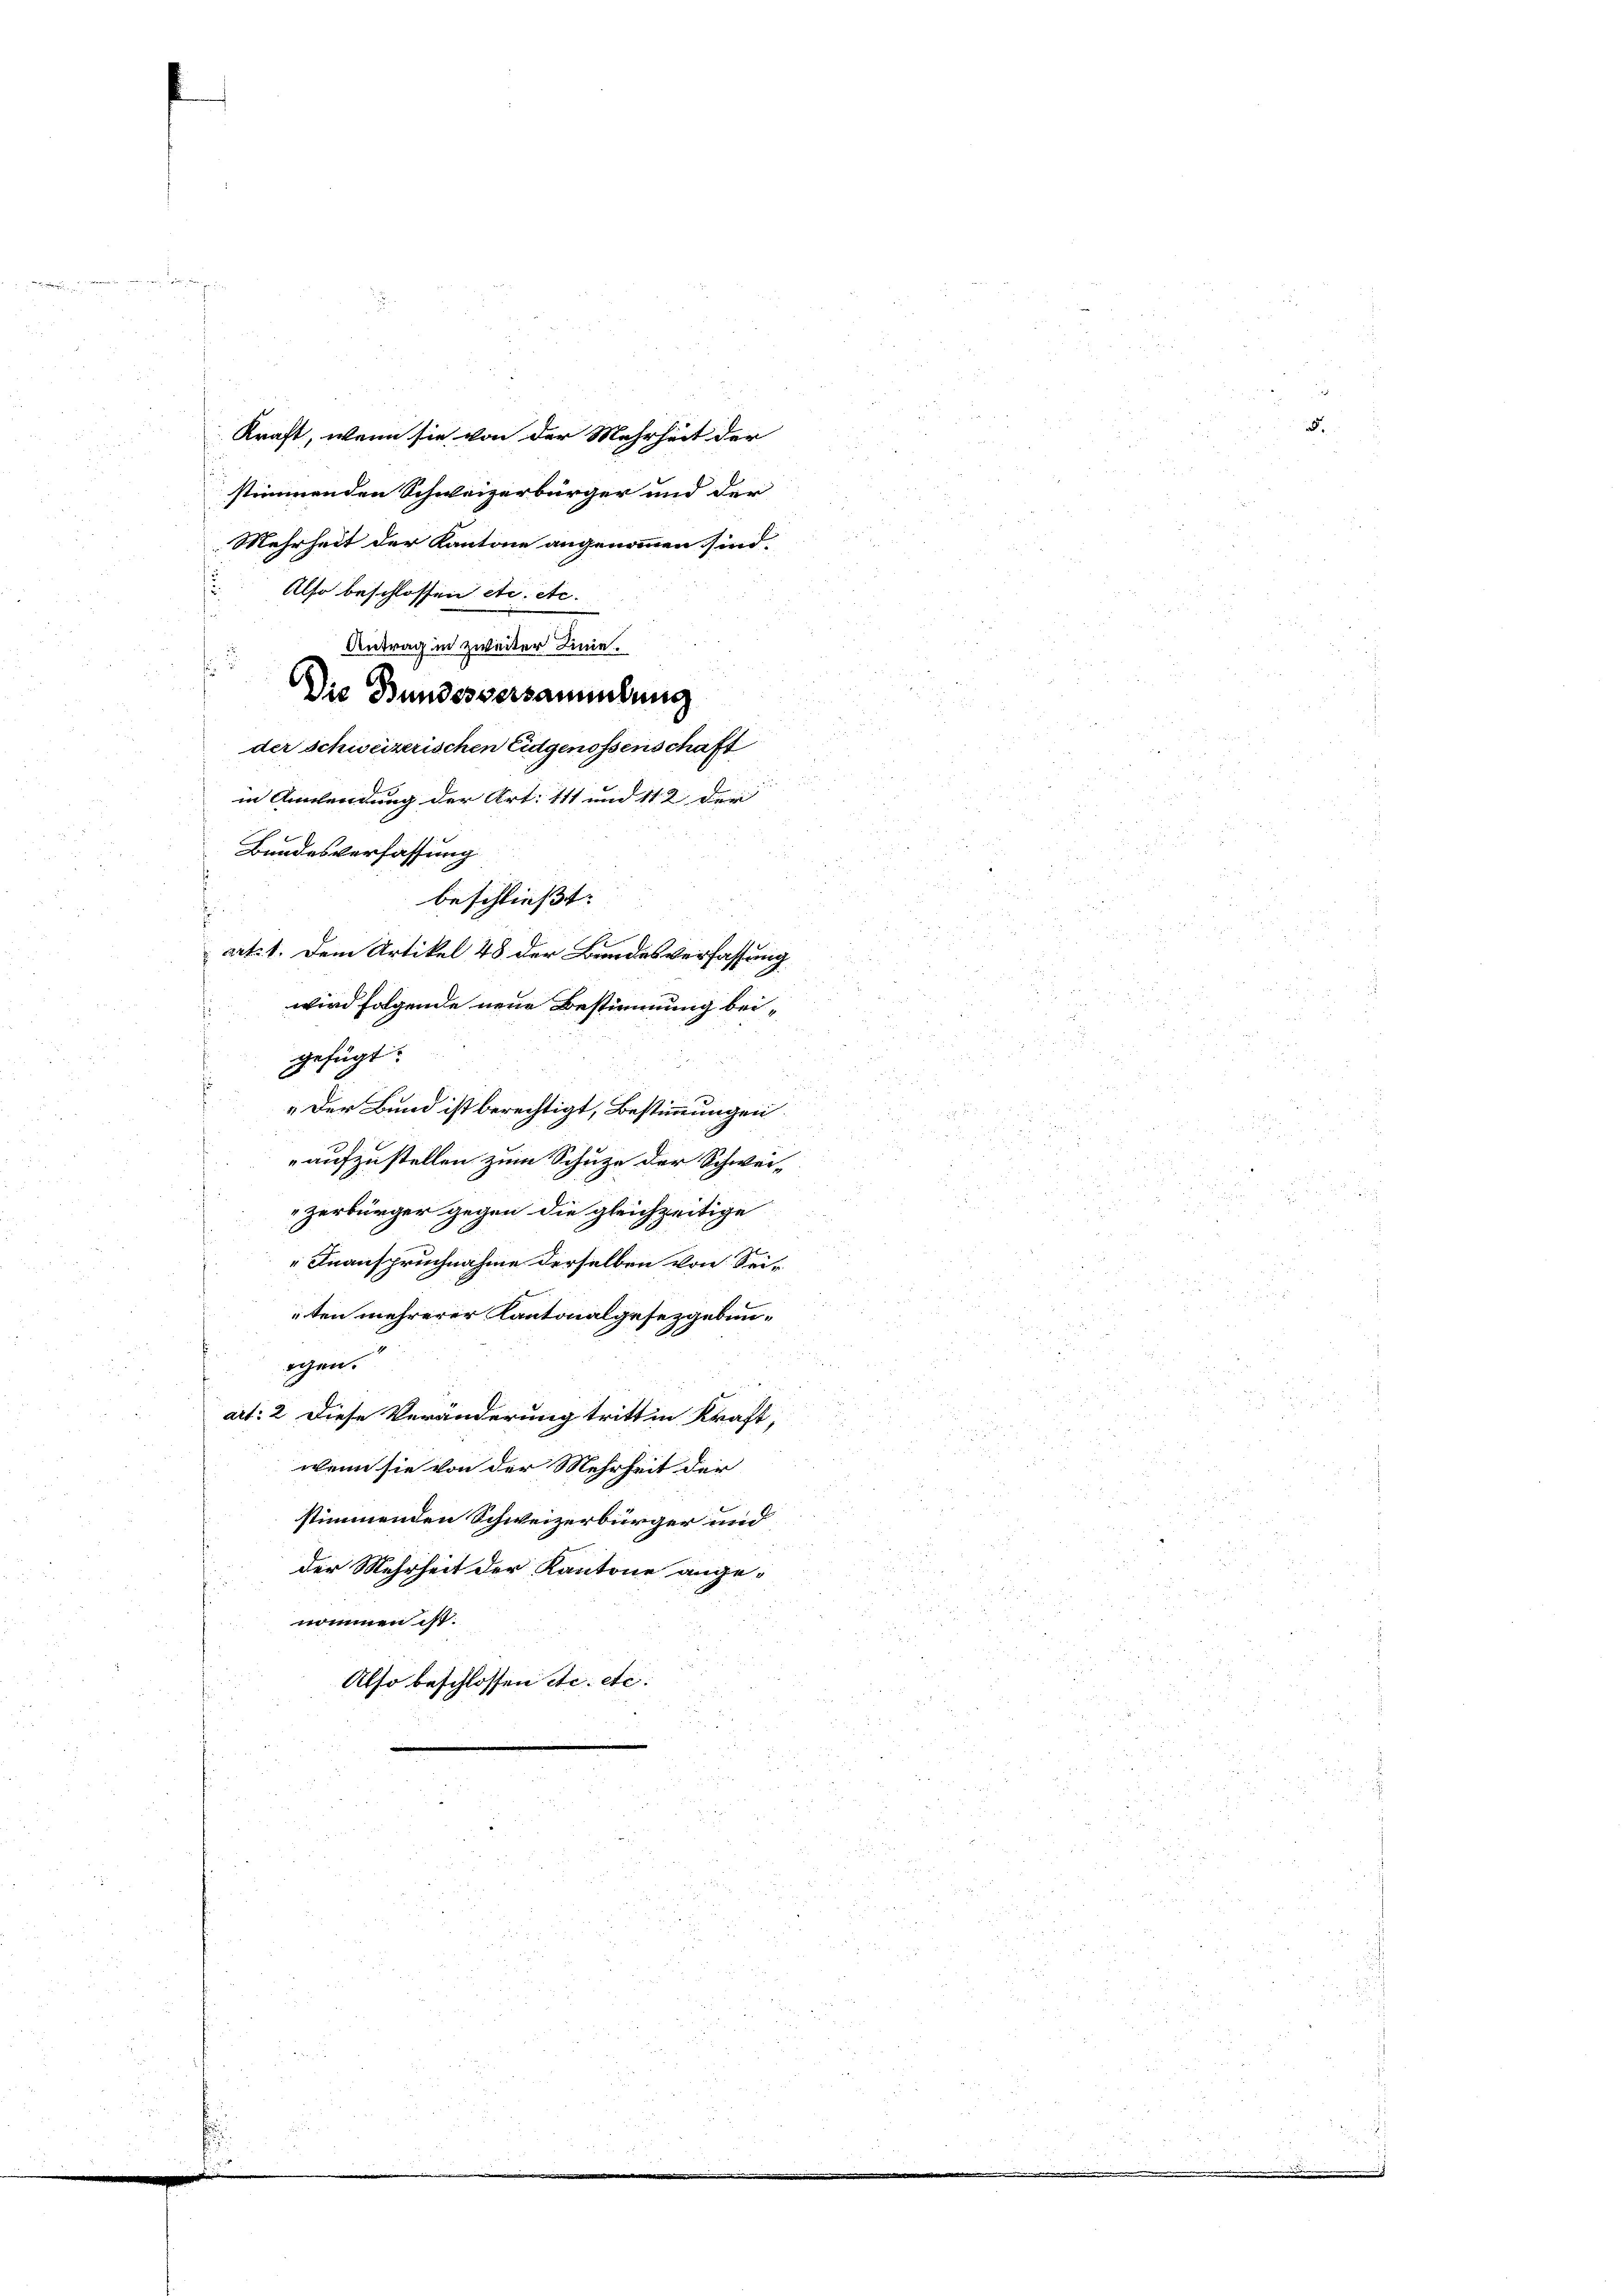
ad, das

Kraft, wenn sie von der Mehrheit der
stimmenden Schweizerbürger und der
Mehrheit der Kantone angenommen sind.
Also beschlossen etc. etc.
Antrag in zweiter Linie.
Die Bundesversammlung
der schweizerischen Eidgenossenschaft
in Anwendung der Art. 111 und 112 der
Bundesverfassung
beschließt:
s
art. 1. Dem Artikel 48 der Bundesverfassung
u
2
wird folgende neue Bestimmung beigefügt:
i
„Der Bund ist berechtigt, Bestimmungen.

aufzustellen zum Schuze der Schweizerbürger gegen die gleichzeitige
Inanspruchnahme derselben von Seiten mehrerer Kantonalgesetzgebunogen.
art: 2 diese Veränderung tritten Kraft,
.
u
wenn sie von der Mehrheit der
stimmenden Schweizerbürger und
der Mehrheit der Kantone ange-
nommen ist.
Also beschlossen etc. etc.
2